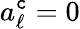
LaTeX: a_{\ell}^{\mathtt{c}}=0